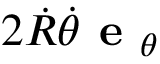
2 { \dot { R } } { \dot { \theta } } { \textbf { e } } _ { \theta }